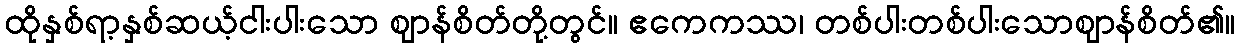
ထိုနှစ်ရာ့နှစ်ဆယ့်ငါးပါးသော ဈာန်စိတ်တို့တွင်။ ဧကေကဿ၊ တစ်ပါးတစ်ပါးသောဈာန်စိတ်၏။